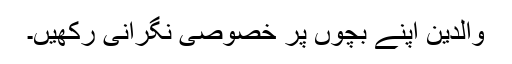
والدین اپنے بچوں پر خصوصی نگرانی رکھیں۔